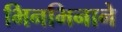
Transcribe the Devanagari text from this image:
भिनभिनाने